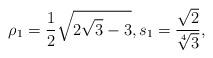
LaTeX: \begin{align*} \rho_{1} = \frac{1}{2}\sqrt {2\sqrt {3}-3} , s_{1} = \frac{ \sqrt{ 2 } }{ \sqrt[4]{3} } , \end{align*}